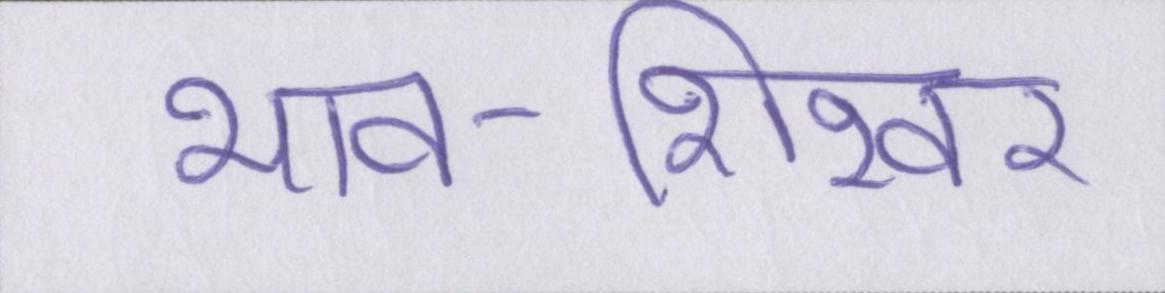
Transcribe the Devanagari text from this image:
भाव-शिखर